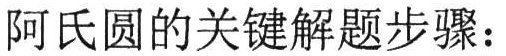
阿氏圆的关键解题步骤：